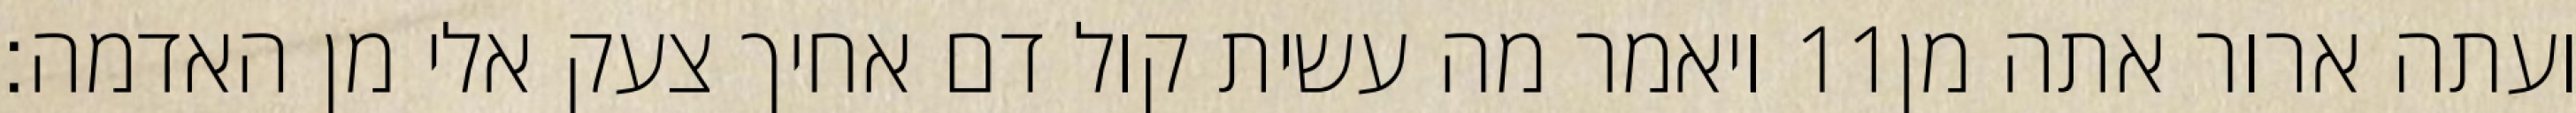
ויאמר מה עשית קול דם אחיך צעק אלי מן האדמה׃ ‎11‏ ועתה ארור אתה מן